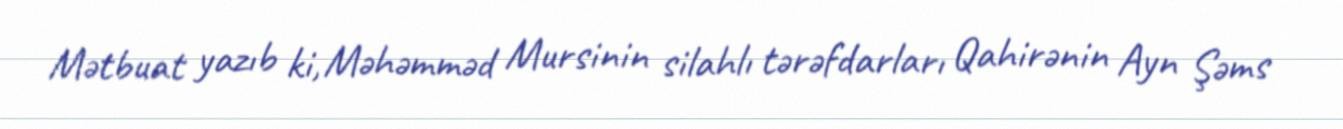
Mətbuat yazıb ki, Məhəmməd Mursinin silahlı tərəfdarları Qahirənin Ayn Şəms